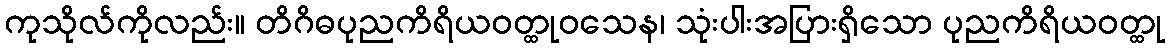
ကုသိုလ်ကိုလည်း။ တိဂိဓပုညကိရိယဝတ္ထုဝသေန၊ သုံးပါးအပြားရှိသော ပုညကိရိယဝတ္ထု